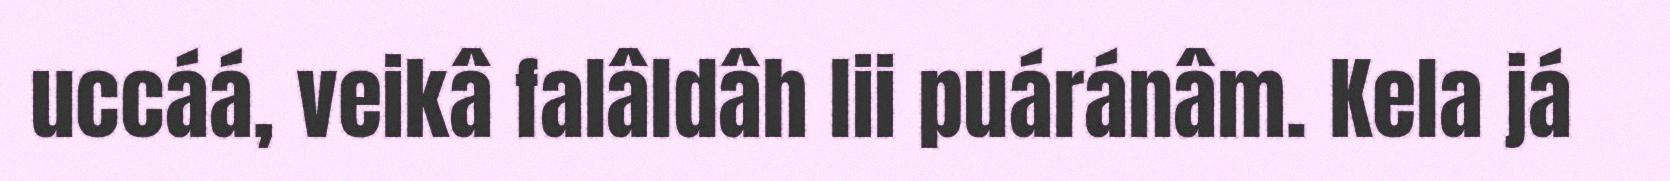
uccáá, veikâ falâldâh lii puáránâm. Kela já